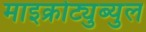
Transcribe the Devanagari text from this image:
माइक्रोट्युब्युल